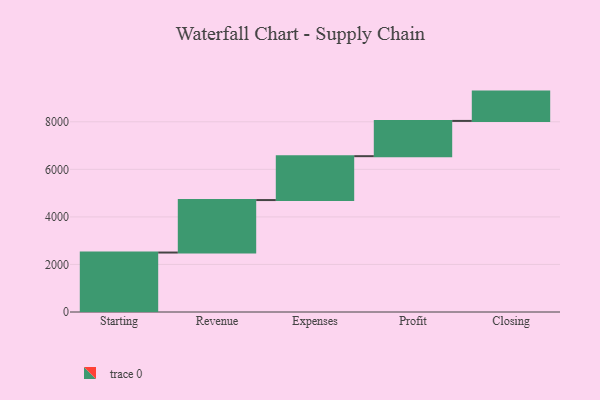
{"axis": {"x": "Step", "y": "Value"}, "legend": [""], "data": [{"x": "Starting", "y": 2501.0, "type": ""}, {"x": "Revenue", "y": 2207.0, "type": ""}, {"x": "Expenses", "y": 1846.0, "type": ""}, {"x": "Profit", "y": 1483.0, "type": ""}, {"x": "Closing", "y": 1233.0, "type": ""}]}